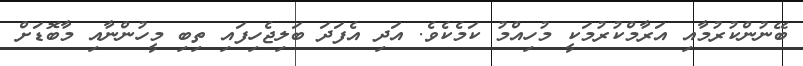
ބޭނުންކުރުމާއި އަރާމްކުރުމަކީ މުހިއްމު ކަމެކެވެ. އަދި އެފަދަ ބަލިޖެހިފައި ތިބި މީހުންނާއި މާބޮޑަށް